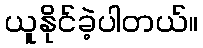
ယူနိုင်ခဲ့ပါတယ်။